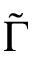
\tilde { \Gamma }